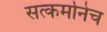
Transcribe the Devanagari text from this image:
सत्कर्मानेच